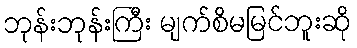
ဘုန်းဘုန်းကြီး မျက်စိမမြင်ဘူးဆို